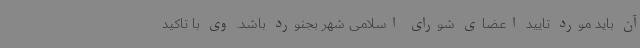
آن باید مورد تایید اعضای شورای اسلامی شهر بجنورد باشد. وی با تاکید